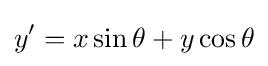
y'=x\sin \theta +y\cos \theta